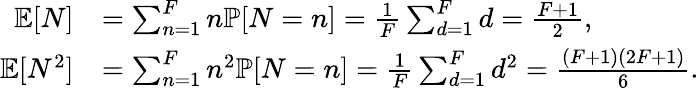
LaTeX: \begin{array}{rl}{\mathbb{E}[N]}&{=\sum_{n=1}^{F}n\mathbb{P}[N=n]=\frac{1}{F}\sum_{d=1}^{F}d=\frac{F+1}{2},}\\ {\mathbb{E}[N^{2}]}&{=\sum_{n=1}^{F}n^{2}\mathbb{P}[N=n]=\frac{1}{F}\sum_{d=1}^{F}d^{2}=\frac{(F+1)(2F+1)}{6}.}\end{array}